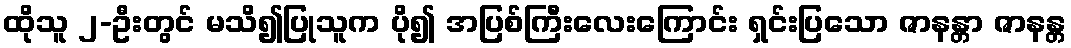
ထိုသူ ၂-ဦးတွင် မသိ၍ပြုသူက ပို၍ အပြစ်ကြီးလေးကြောင်း ရှင်းပြသော ဇာနန္တာ ဇာနန္တ